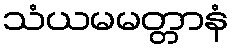
သံယမမတ္တာနံ